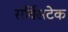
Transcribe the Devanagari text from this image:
सर्विसटेक